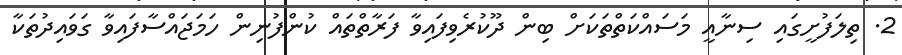
2. ތިލަފުށީގައި ސިނާއީ މަސައްކަތްތަކަށް ބިން ދޫކުރެވިފައިވާ ފަރާތްތައް ކުންފުނިން ހަމަޖައްސާފައިވާ ގަވައިދުތަކާ